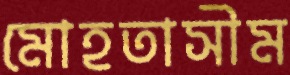
মোহতাসীম